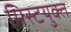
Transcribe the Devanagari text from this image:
मिस्टयुक्त